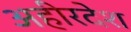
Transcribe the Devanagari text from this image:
अहीरदेश